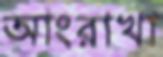
আংরাখা